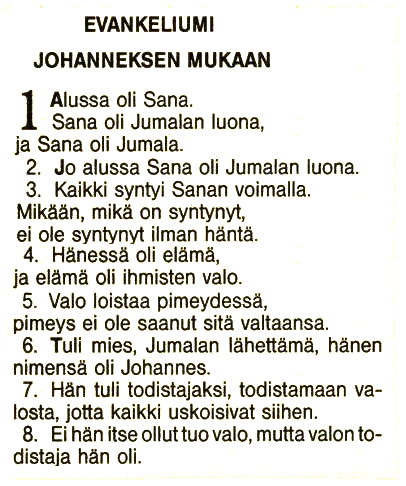
Language: fn